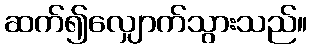
ဆက်၍လျှောက်သွားသည်။